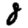
Digit: 8